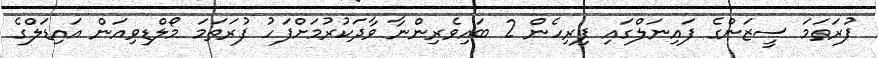
ފުރަތަމަ ސީޒަންގެ ފައިނަލްގައި ފިރިހެން 2 ބައިވެރިންނާ ވާދަކުރުމަށްފަހު ފުރަތަމަ މޯލްޑިވިއަން އައިޑަލްގެ